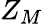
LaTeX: Z_{M}